Annual report on the health of the army in India
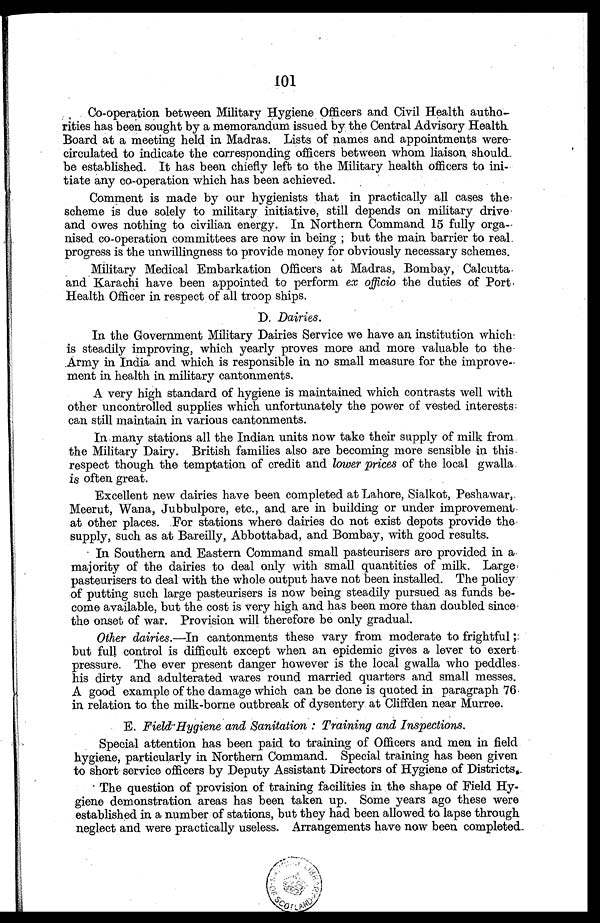
101
Co-operation between Military Hygiene Officers and Civil Health autho
-rities has been sought by a memorandum issued by the Central Advisory Health
Board at a meeting held in Madras. Lists of names and appointments were
circulated to indicate the corresponding officers between whom liaison should
be established. It has been chiefly left to the Military health officers to ini
-tiate any co-operation which has been achieved.
Comment is made by our hygienists that in practically all cases the
scheme is due solely to military initiative, still depends on military drive
and owes nothing to civilian energy. In Northern Command 15 fully orga
-nised co-operation committees are now in being; but the main barrier to real
progress is the unwillingness to provide money for obviously necessary schemes.
Military Medical Embarkation Officers at Madras, Bombay, Calcutta
and Karachi have been appointed to perform ex officio the duties of Port,
Health Officer in respect of all troop ships.
D. Dairies.
In the Government Military Dairies Service we have an institution which
is steadily improving, which yearly proves more and more valuable to the
Army in India and which is responsible in no small measure for the improve
-ment in health in military cantonments.
A very high standard of hygiene is maintained which contrasts well with
other uncontrolled supplies which unfortunately the power of vested interests
can still maintain in various cantonments.
In many stations all the Indian units now take their supply of milk from
the Military Dairy. British families also are becoming more sensible in this
respect though the temptation of credit and lower prices of the local gwalla
is often great.
Excellent new dairies have been completed at Lahore, Sialkot, Peshawar,
Meerut, Wana, Jubbulpore, etc., and are in building or under improvement
at other places. For stations where dairies do not exist depots provide the
supply, such as at Bareilly, Abbottabad, and Bombay, with good results.
In Southern and Eastern Command small pasteurisers are provided in a
majority of the dairies to deal only with small quantities of milk. Large
pasteurisers to deal with the whole output have not been installed. The policy
of putting such large pasteurisers is now being steadily pursued as funds be
-come available, but the cost is very high and has been more than doubled since
the onset of war. Provision will therefore be only gradual.
Other dairies.—In cantonments these vary from moderate to frightful;
but full control is difficult except when an epidemic gives a lever to exert
pressure. The ever present danger however is the local gwalla who peddles
his dirty and adulterated wares round married quarters and small messes.
A good example of the damage which can be done is quoted in paragraph 76
in relation to the milk-borne outbreak of dysentery at Cliffden near Murree.
E. Field-Hygiene and Sanitation: Training and Inspections.
Special attention has been paid to training of Officers and men in field
hygiene, particularly in Northern Command. Special training has been given
to short service officers by Deputy Assistant Directors of Hygiene of Districts.
The question of provision of training facilities in the shape of Field Hy
- g i e n e d e m o n s t r a t i o n a r e a s h a s b e e n t a k e n u p . S o m e y e a r s a g o t h e s e w e r e
established in a number of stations, but they had been allowed to lapse through
neglect and were practically useless. Arrangements have now been completed.